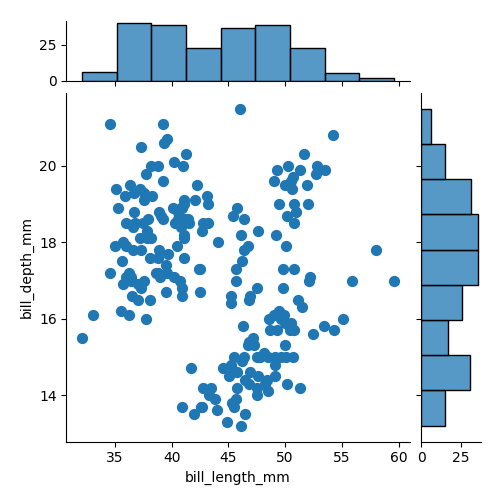
python, seaborn, jointplot, kind='scatter', height='5', ratio='5', marginal_ticks='True'